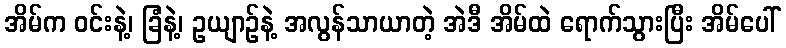
အိမ်က ဝင်းနဲ့၊ ခြံနဲ့၊ ဥယျာဉ်နဲ့ အလွန်သာယာတဲ့ အဲဒီ အိမ်ထဲ ရောက်သွားပြီး အိမ်ပေါ်